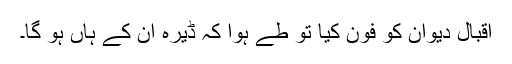
اقبال دیوان کو فون کیا تو طے ہوا کہ ڈیرہ ان کے ہاں ہو گا۔